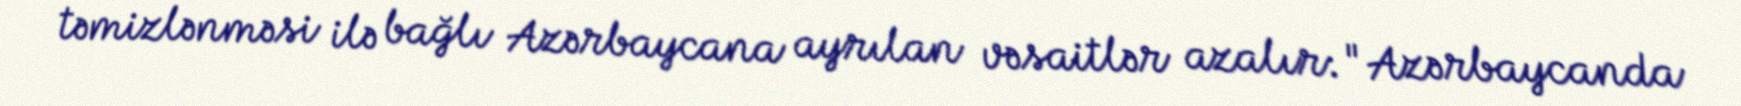
təmizlənməsi ilə bağlı Azərbaycana ayrılan vəsaitlər azalır: "Azərbaycanda